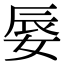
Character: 𡝌